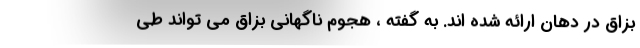
بزاق در دهان ارائه شده اند. به گفته ، هجوم ناگهانی بزاق می تواند طی